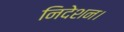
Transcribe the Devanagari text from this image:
निदेशन।